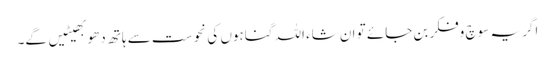
اگر یہ سوچ وفکر بن جائے تو ان شاء اللہ گناہوں کی نحوست سے ہاتھ دھو بھیٹیں گے۔